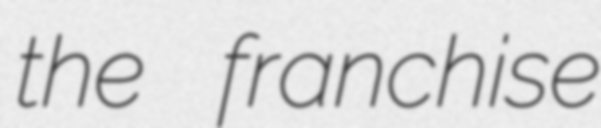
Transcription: the franchise